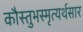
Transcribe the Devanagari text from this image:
कौस्तुभस्मृत्यर्थसार